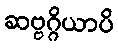
ဆဗ္ဗဂ္ဂိယာပိ